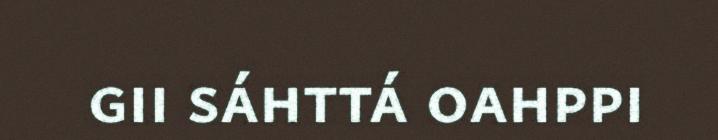
gii sáhttá oahppi